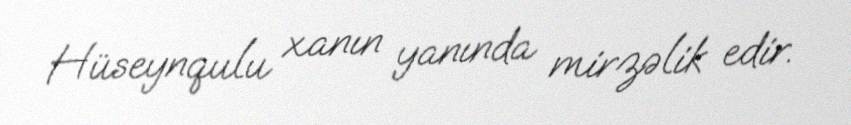
Hüseynqulu xanın yanında mirzəlik edir.